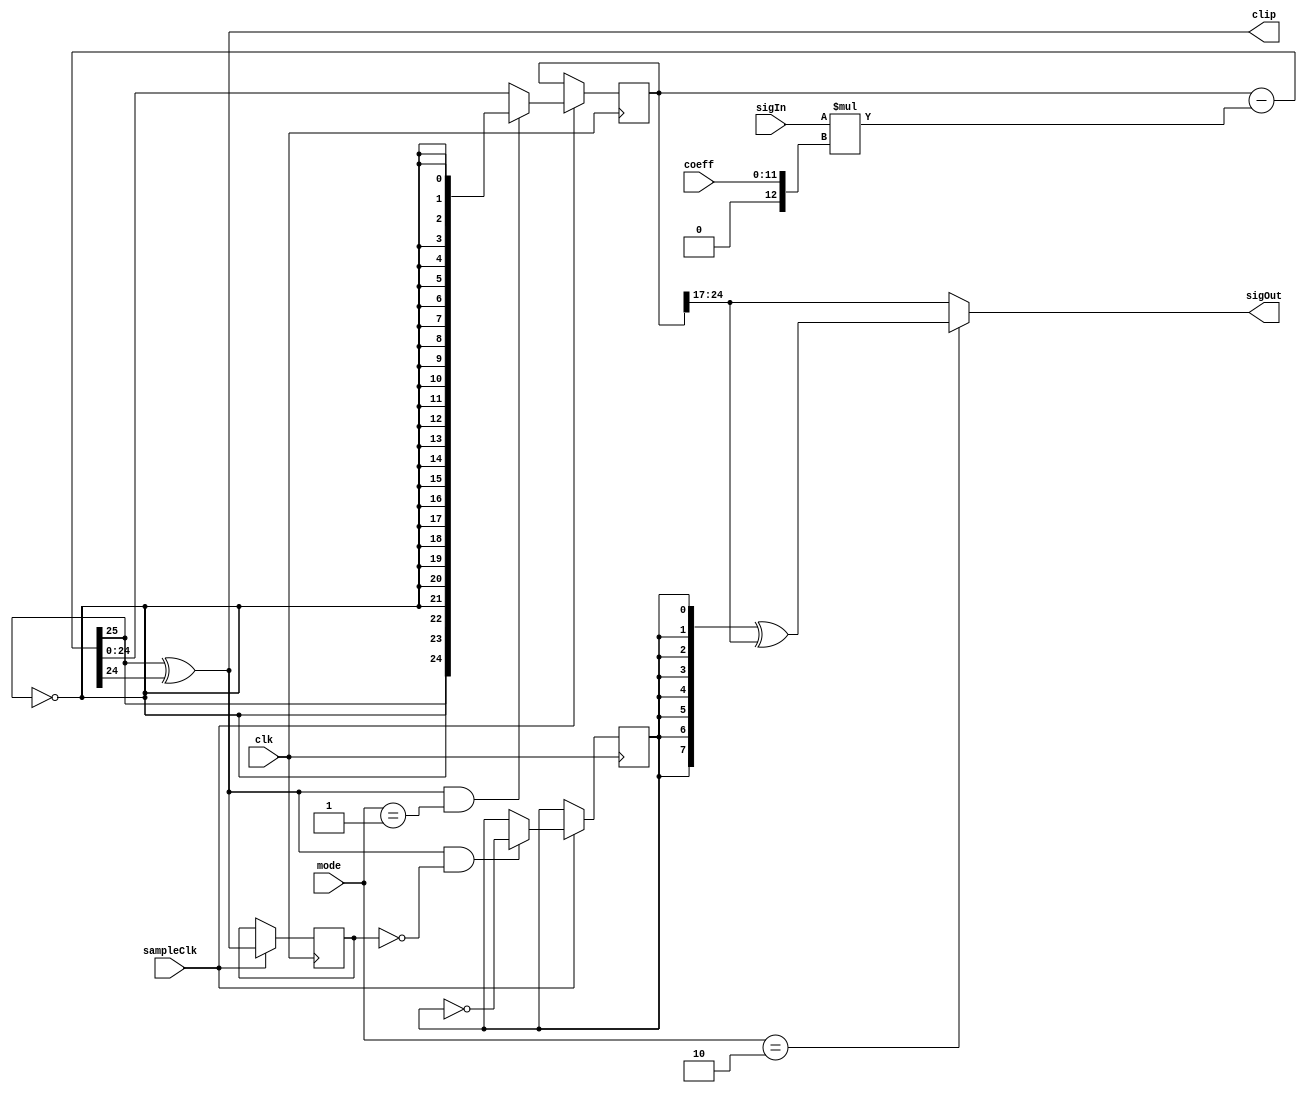
`timescale 1ns / 1ps
////////////////////////////////////////////////////////////////////////////////
// Company:
//
// Design Name:
// Module Name:    integrator
// Project Name:   Bitband
// Target Devices: XC6SLX9-TQG144
// Tool versions:  Xilinx ISE Webpack 14.7 (any supporting the Xc6SLX9)
// Description:    INVERTING integrator
//
// License:
// --------
// Copyright 2021  Ren Trapp (rene [dot] trapp (-at-) web [dot] de)
//
// This program is free software: you can redistribute it and/or modify
// it under the terms of the GNU General Public License as published by
// the Free Software Foundation, either version 3 of the License, or
// (at your option) any later version.
//
// This program is distributed in the hope that it will be useful,
// but WITHOUT ANY WARRANTY; without even the implied warranty of
// MERCHANTABILITY or FITNESS FOR A PARTICULAR PURPOSE.  See the
// GNU General Public License for more details.
//
// You should have received a copy of the GNU General Public License
// along with this program.  If not, see <https://www.gnu.org/licenses/>.
//
// Additional Comments:
// --------------------
//
//             2^N        2^b
//  <=> T = --------- * -------
//           fsample     coeff
//
// Where:
//  b = Bitwidth of coefficient `coeff`
//  T is defined as time elapsed for the output to cross '1' with a unit step
//  applied to the input.
//
// When used as a filter building block:
//  The sample clock is 2*pi*2^N times the maximum desired cutoff frequency (fg)
//  and vice versa.
//  Example: fsample = 1536000 Hz, N = 5 <=> fg_max_ = 7639.4 Hz
//
//         fsample       coeff                    2*pi * 2^N
//  fg = ------------ * ------- <=> coeff = fg * ------------ * 2^b
//        2*pi * 2^N      2^b                      fsample
//
// Mode selects the integrator response to an overflow condition:
//  0 = Wrap around  (simple digital representation)
//  1 = Clip         (mimics analogue circuitry)
//  2 = Fold back    (folds back as if the input has been inverted)
// (3 = Wrap around)
// It is intended to hardcode the mode input. Any change during usage might
// result in a large output signal spike! Hardcoding also allows to optimize
// away several gates.
//
// Spartan 6 limitation:
//  SIGWIDTH + CWIDTH <= 36
//
////////////////////////////////////////////////////////////////////////////////


module integrator
#(
   parameter   SIGWIDTH               =  8,
   parameter   CWIDTH                 = 12,     // b
   parameter   N                      =  5      // N
)
(
   input                                clk,
   input                                sampleClk,
   input                          [1:0] mode,
   input                   [CWIDTH-1:0] coeff,  // coeff
   input       signed    [SIGWIDTH-1:0] sigIn,
   output      signed    [SIGWIDTH-1:0] sigOut,
   output                               clip
);

   wire signed    [CWIDTH+SIGWIDTH-1:0] sigInMult;
   wire signed  [CWIDTH+N+SIGWIDTH  :0] accuNext;
   wire signed  [CWIDTH+N+SIGWIDTH-1:0] accuClip;
   reg  signed  [CWIDTH+N+SIGWIDTH-1:0] accu = 0;
   wire                                 overflow;
   reg                                  ovfPrev = 0;
   reg                                  ovfStatus = 0;


   assign sigInMult  = sigIn * $signed({1'b0, coeff});
   assign accuNext   = accu - sigInMult;
   assign accuClip   = {accuNext[CWIDTH+N+SIGWIDTH], {(CWIDTH+N+SIGWIDTH-1){~accuNext[CWIDTH+N+SIGWIDTH]}}};
   assign overflow   = accuNext[CWIDTH+N+SIGWIDTH] ^ accuNext[CWIDTH+N+SIGWIDTH-1];


   always @(posedge clk)
      if (sampleClk)
         ovfPrev <= overflow;

   always @(posedge clk)
      if (sampleClk)
         if (overflow & ~ovfPrev)
            ovfStatus <= ~ovfStatus;


   always @(posedge clk)
      if (sampleClk)
         if (overflow & (mode == 2'd1))
            accu <= accuClip;
         else
            accu <= accuNext[CWIDTH+N+SIGWIDTH-1:0];


   assign sigOut = (mode == 2'd2) ? {SIGWIDTH{ovfStatus}} ^ accu[CWIDTH+N+SIGWIDTH-1:CWIDTH+N] : accu[CWIDTH+N+SIGWIDTH-1:CWIDTH+N];
   assign clip = overflow;


endmodule